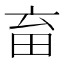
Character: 𤰸